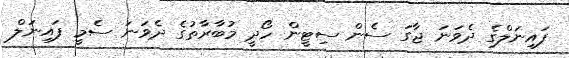
ފައިނަލްގެ ދެވަނަ ޖާގަ ސެން ސިޓީން ހޯދީ މުބާރާތުގެ ދެވަނަ ސެމީ ފައިނަލް